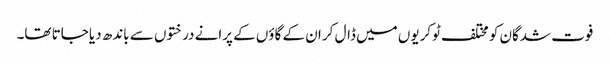
فوت شدگان کو مختلف ٹوکریوں میں ڈال کر ان کے گاؤں کے پرانے درختوں سے باندھ دیا جاتا تھا۔